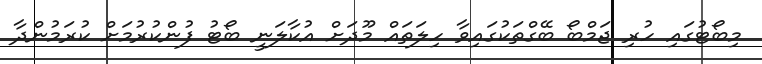
މިބޯޓުގައި ހުރި ޖަމްބޯ ބޭގްތަކުގައިވާ ހިލަތައް މޫދަށް އުކާލަނީ ބޯޓު ފުންކުރުމަށް ކުރަމުންދާ